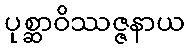
ပုစ္ဆာဝိဿဇ္ဇနာယ